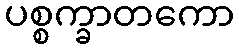
ပစ္စက္ခာတကော